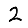
Digit: 2